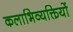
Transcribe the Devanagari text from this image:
कलाभिव्यक्तियों